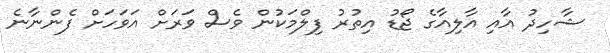
ޝާހިދު އާއި އާލިއާގެ ޖޯޑު އިތުރު ފިލްމަކުން ވެސް ވަރަށް އަވަހަށް ފެންނާނެ